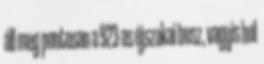
áll meg pontosan a 923-as éjszakai busz, vagyis hol